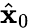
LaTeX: \hat{\mathbf{x}}_{0}